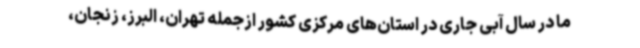
ما در سال آبی جاری در استان‌های مرکزی کشور ازجمله تهران، البرز، زنجان،